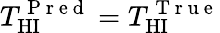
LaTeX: T_{\mathrm{HI}}^{\mathrm{~P~r~e~d~}}=T_{\mathrm{HI}}^{\mathrm{~T~r~u~e~}}